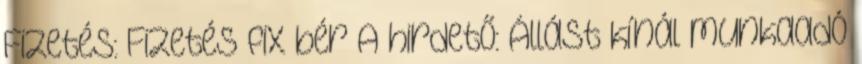
Fizetés: Fizetés fix bér A hirdető: Állást kínál munkaadó